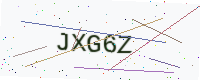
Text: JXG6Z